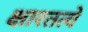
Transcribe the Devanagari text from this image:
क्षारतत्वे